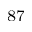
^ { 8 7 }